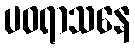
ပဝရာသနေ